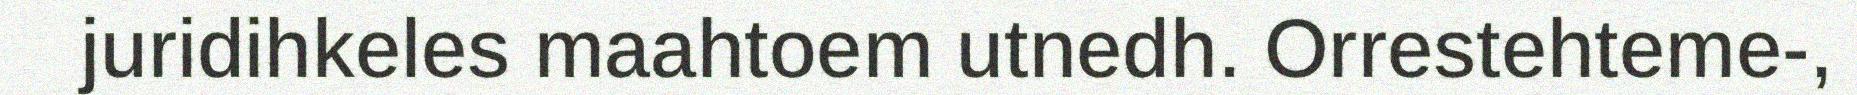
juridihkeles maahtoem utnedh. Orrestehteme-,